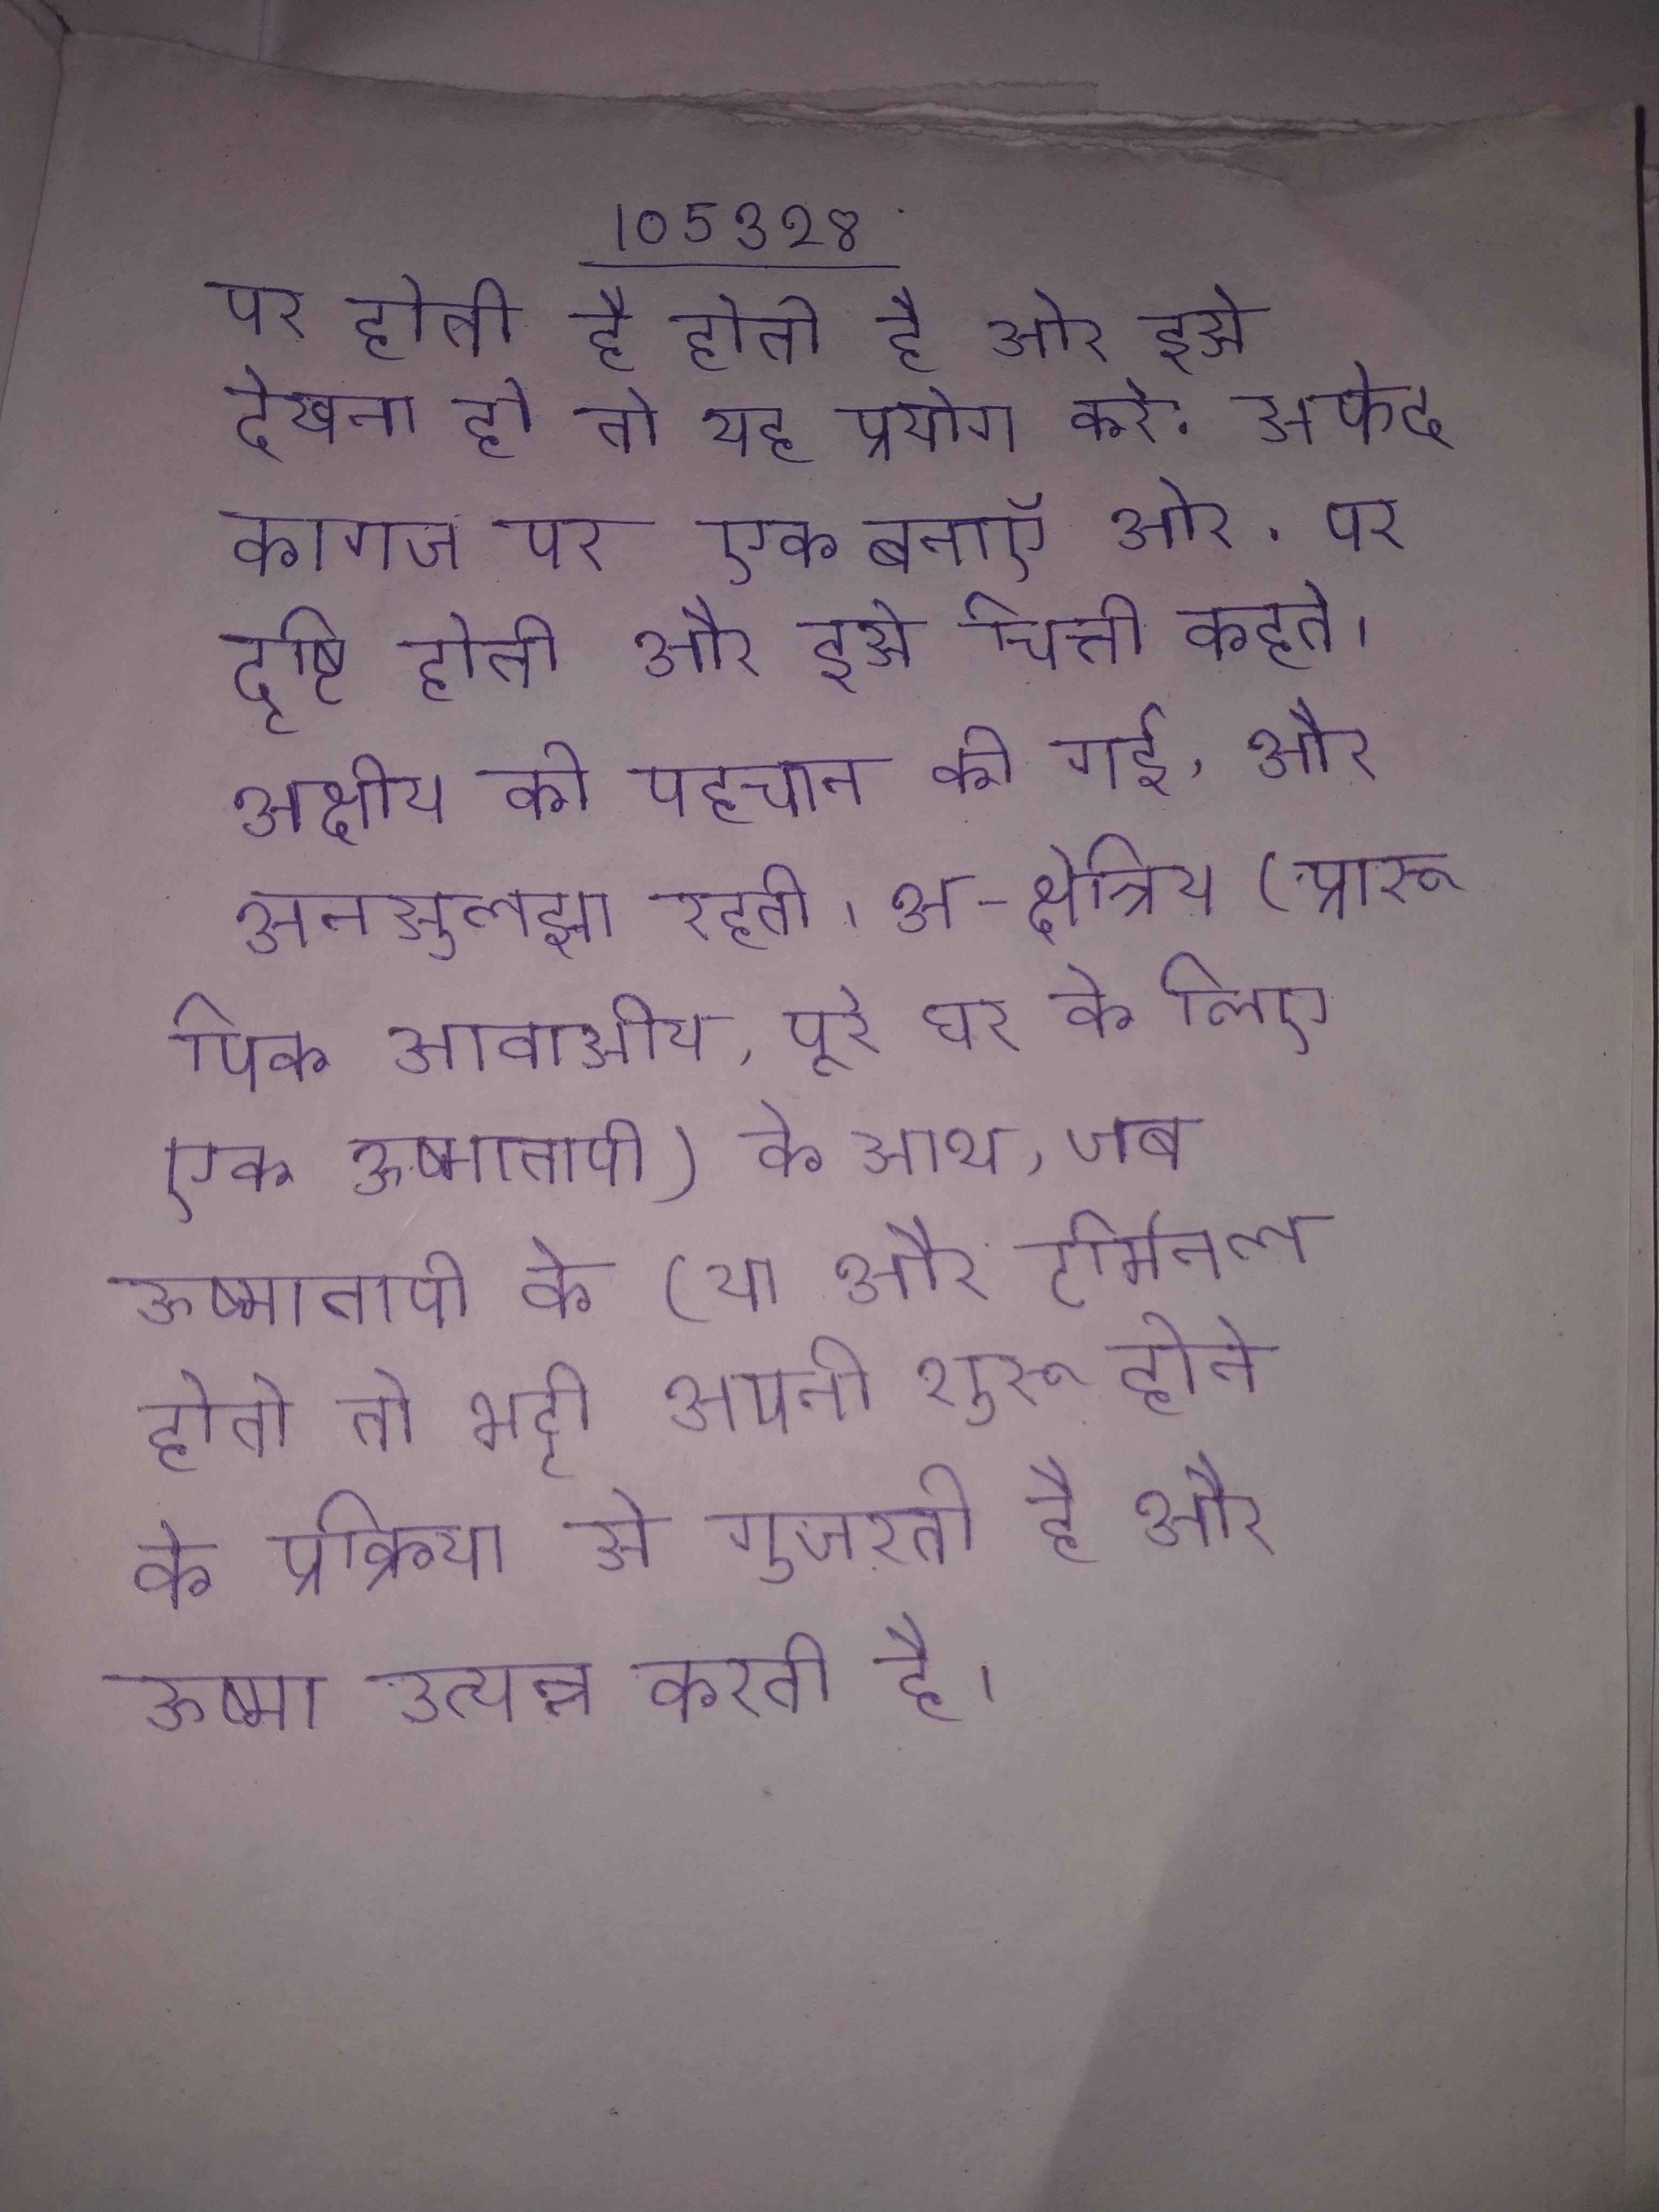
पर होती है होती है ओर इसे देखना हो तो यह प्रयोग करे: सफेद कागज पर एक बनाऍ और उसके दाहिनी ओर . पर दृष्टि होती और इसे चित्ती कहते । अक्षीय की पहचान की गई, और अनसुलझा रहती । अ-क्षेत्रिय (प्रारूपिक आवासीय, पूरे घर के लिए एक ऊष्मातापी) के साथ, जब ऊष्मातापी के (या और टर्मिनल होते तो भट्टी अपनी शुरू होने की प्रक्रिया से गुजरती है और ऊष्मा उत्पन्न करती है ।